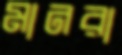
মানরা